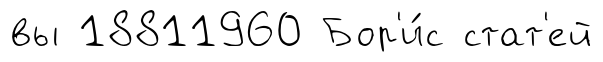
вы 18811960 Бор'и́с стат'ей